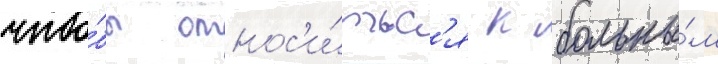
что́бы относ'и́тьс'я к больны́м